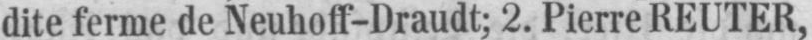
dite ferme de Neuhoff-Draudt; 2. Pierre REUTER,